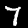
Digit: 7